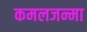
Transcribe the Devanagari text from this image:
कमलजन्मा